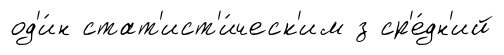
од'и́н стат'ист'и́ческ'им з ср'е́дн'ий